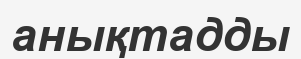
анықтадды